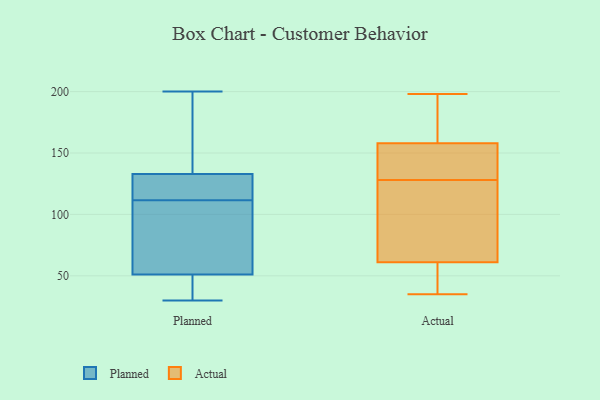
{"axis": {"x": "Website Visitors", "y": "Value"}, "legend": ["Actual", "Planned"], "data": [{"x": "", "y": 53, "type": "Planned"}, {"x": "", "y": 127, "type": "Planned"}, {"x": "", "y": 37, "type": "Planned"}, {"x": "", "y": 200, "type": "Planned"}, {"x": "", "y": 133, "type": "Planned"}, {"x": "", "y": 109, "type": "Planned"}, {"x": "", "y": 30, "type": "Planned"}, {"x": "", "y": 198, "type": "Planned"}, {"x": "", "y": 114, "type": "Planned"}, {"x": "", "y": 51, "type": "Planned"}, {"x": "", "y": 184, "type": "Actual"}, {"x": "", "y": 41, "type": "Actual"}, {"x": "", "y": 158, "type": "Actual"}, {"x": "", "y": 43, "type": "Actual"}, {"x": "", "y": 130, "type": "Actual"}, {"x": "", "y": 35, "type": "Actual"}, {"x": "", "y": 141, "type": "Actual"}, {"x": "", "y": 198, "type": "Actual"}, {"x": "", "y": 81, "type": "Actual"}, {"x": "", "y": 70, "type": "Actual"}, {"x": "", "y": 126, "type": "Actual"}, {"x": "", "y": 157, "type": "Actual"}, {"x": "", "y": 174, "type": "Actual"}, {"x": "", "y": 61, "type": "Actual"}, {"x": "", "y": 41, "type": "Actual"}, {"x": "", "y": 93, "type": "Actual"}, {"x": "", "y": 182, "type": "Actual"}, {"x": "", "y": 144, "type": "Actual"}]}